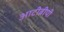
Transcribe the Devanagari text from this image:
आटीबीपी